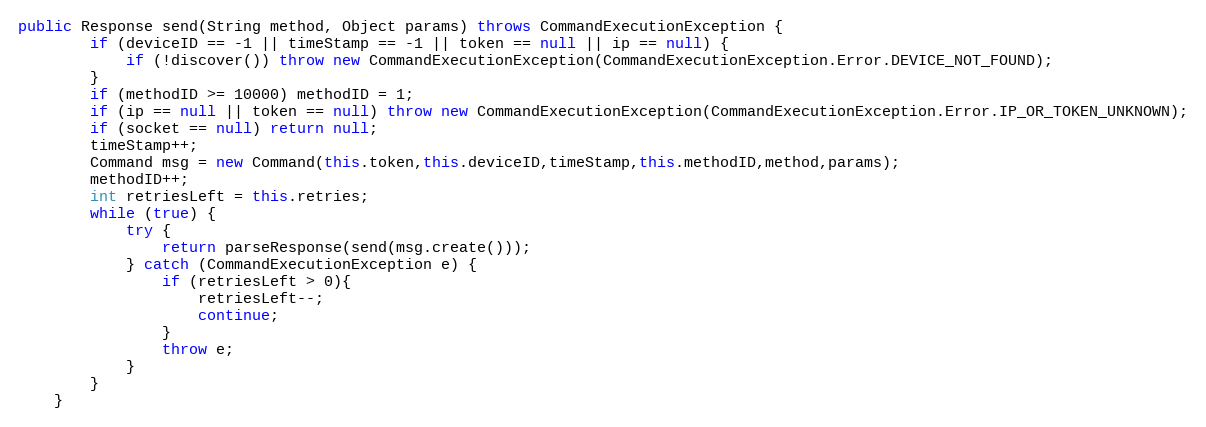
Language: Java
public Response send(String method, Object params) throws CommandExecutionException {
        if (deviceID == -1 || timeStamp == -1 || token == null || ip == null) {
            if (!discover()) throw new CommandExecutionException(CommandExecutionException.Error.DEVICE_NOT_FOUND);
        }
        if (methodID >= 10000) methodID = 1;
        if (ip == null || token == null) throw new CommandExecutionException(CommandExecutionException.Error.IP_OR_TOKEN_UNKNOWN);
        if (socket == null) return null;
        timeStamp++;
        Command msg = new Command(this.token,this.deviceID,timeStamp,this.methodID,method,params);
        methodID++;
        int retriesLeft = this.retries;
        while (true) {
            try {
                return parseResponse(send(msg.create()));
            } catch (CommandExecutionException e) {
                if (retriesLeft > 0){
                    retriesLeft--;
                    continue;
                }
                throw e;
            }
        }
    }